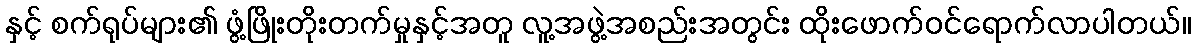
နှင့် စက်ရုပ်များ၏ ဖွံ့ဖြိုးတိုးတက်မှုနှင့်အတူ လူ့အဖွဲ့အစည်းအတွင်း ထိုးဖောက်ဝင်ရောက်လာပါတယ်။